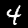
Label: 4